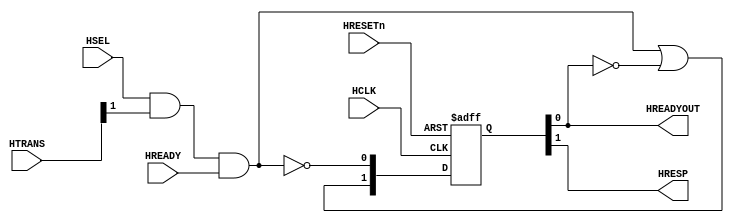
//------------------------------------------------------------------------------
// The confidential and proprietary information contained in this file may
// only be used by a person authorised under and to the extent permitted
// by a subsisting licensing agreement from ARM Limited.
//
//            (C) COPYRIGHT 2010-2015  ARM Limited or its affiliates.
//                ALL RIGHTS RESERVED
//
// This entire notice must be reproduced on all copies of this file
// and copies of this file may only be made by a person if such person is
// permitted to do so under the terms of a subsisting license agreement
// from ARM Limited.
//
//  Version and Release Control Information:
//
//  File Revision       : $Revision: 275084 $
//  File Date           : $Date: 2014-03-27 15:09:11 +0000 (Thu, 27 Mar 2014) $
//
//  Release Information : Cortex-M0 DesignStart-r1p0-00rel0
//------------------------------------------------------------------------------
// Verilog-2001 (IEEE Std 1364-2001)
//------------------------------------------------------------------------------
//
//-----------------------------------------------------------------------------
// Abstract : AHB-Lite Default Slave
//-----------------------------------------------------------------------------
//
// Returns an error response when selected for a transfer
//

module cmsdk_ahb_default_slave (
  // Inputs
 input  wire       HCLK,      // Clock
 input  wire       HRESETn,   // Reset
 input  wire       HSEL,      // Slave select
 input  wire [1:0] HTRANS,    // Transfer type
 input  wire       HREADY,    // System ready

  // Outputs
 output wire       HREADYOUT, // Slave ready
 output wire       HRESP);    // Slave response

//
// Start of main code
//

// Internal signals
wire         trans_req;  // Transfer Request
reg    [1:0] resp_state; // Current FSM state for two-cycle error response
wire   [1:0] next_state; // Next FSM state

// Transfer address phase completes
assign trans_req = HSEL & HTRANS[1] & HREADY;

// Generate next state for the FSM.
// Bit 0 is connected to HREADYOUT and bit 1 is connected to HRESP,
// so the state encodings are:
//   01 - Idle
//   10 - 1st cycle of error response
//   11 - 2nd cycle of error response
assign next_state = { trans_req | (~resp_state[0]),
                      ~trans_req };

// Registering FSM state
always @(posedge HCLK or negedge HRESETn)
  if (~HRESETn)
    resp_state <= 2'b01; // ensure HREADYOUT is HIGH at reset
  else
    resp_state <= next_state;

// Connect to output
assign HREADYOUT = resp_state[0];
assign HRESP     = resp_state[1];

`ifdef ARM_AHB_ASSERT_ON

   // ------------------------------------------------------------
   // Assertions
   // ------------------------------------------------------------
  `include "std_ovl_defines.h"
  reg        ovl_last_hreadyout;
  reg        ovl_last_hsel;
  reg  [1:0] ovl_last_htrans;
  reg        ovl_last_hready;

  always @(posedge HCLK or negedge HRESETn)
  begin
  if (~HRESETn)
    begin
    ovl_last_hreadyout <= 1'b1;
    ovl_last_hsel      <= 1'b0;
    ovl_last_htrans    <= 2'b00;
    ovl_last_hready    <= 1'b1;
    end
  else
    begin
    ovl_last_hreadyout <= HREADYOUT;
    ovl_last_hsel      <= HSEL;
    ovl_last_htrans    <= HTRANS;
    ovl_last_hready    <= HREADY;
    end
  end

   assert_implication
     #(`OVL_ERROR,`OVL_ASSERT,
       "If HREADYOUT is 0, HRESP must be high")
   u_ovl_error_response_check_1
     (.clk(HCLK), .reset_n(HRESETn),
      .antecedent_expr(~HREADYOUT),
      .consequent_expr(HRESP)
      );

   assert_implication
     #(`OVL_ERROR,`OVL_ASSERT,
       "If in last cycle HREADYOUT is 0, this cycle both HRESP and HREADYOUT")
   u_ovl_error_response_check_2
     (.clk(HCLK), .reset_n(HRESETn),
      .antecedent_expr(~ovl_last_hreadyout),
      .consequent_expr(HRESP & HREADYOUT)
      );

   assert_implication
     #(`OVL_ERROR,`OVL_ASSERT,
       "If device is not selected, or if transfer is idle/busy, response must be OKAY")
   u_ovl_error_fault_check_1
     (.clk(HCLK), .reset_n(HRESETn),
      .antecedent_expr(~(ovl_last_hsel & ovl_last_htrans[1]) & ovl_last_hready),
      .consequent_expr((~HRESP) & HREADYOUT)
      );

   assert_implication
     #(`OVL_ERROR,`OVL_ASSERT,
       "If device is selected, and if transfer is nseq/seq, response must be ERROR")
   u_ovl_error_fault_check_2
     (.clk(HCLK), .reset_n(HRESETn),
      .antecedent_expr(ovl_last_hsel & ovl_last_htrans[1] & ovl_last_hready),
      .consequent_expr(HRESP & (~HREADYOUT))
      );

`endif

endmodule